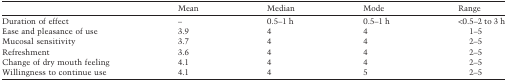
|  | Mean | Median | Mode | Range |
 | --- | --- | --- | --- | --- |
 | Duration of effect | – | 0.5–1 h | 0.5–1 h | <0.5–2to3 h |
 | Ease and pleasance of use | 3.9 | 4 | 4 | 1–5 |
 | Mucosal sensitivity | 3.7 | 4 | 4 | 2–5 |
 | Refreshment | 3.6 | 4 | 4 | 2–5 |
 | Change of dry mouth feeling | 4.1 | 4 | 4 | 2–5 |
 | Willingness to continue use | 4.1 | 4 | 5 | 2–5 |